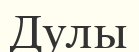
Дулы